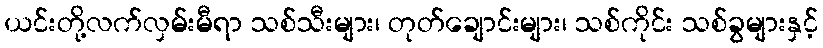
ယင်းတို့လက်လှမ်းမီရာ သစ်သီးများ၊ တုတ်ချောင်းများ၊ သစ်ကိုင်း သစ်ခွများနှင့်